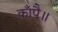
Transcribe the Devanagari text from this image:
काँपै॥